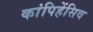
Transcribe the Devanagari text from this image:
कांपिहेंसिव